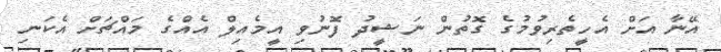
އޭނާ އަށް އެހީތެރިވުމުގެ ގޮތުން ނަޝީދު ފޮނުވި އީމެއިލް އެއްގެ މައްޗަށް އެކަނި